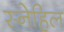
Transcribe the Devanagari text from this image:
स्नेहिल